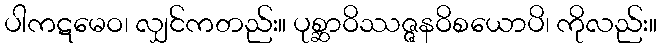
ပါကဋမေဝ၊ လျှင်ကတည်း။ ပုစ္ဆာဝိဿဇ္ဇနဝိစယောပိ၊ ကိုလည်း။